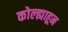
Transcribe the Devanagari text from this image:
कोल्ह्याहून